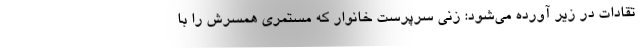
تقادات در زیر آورده می‌شود: زنی سرپرست خانوار که مستمری همسرش را با